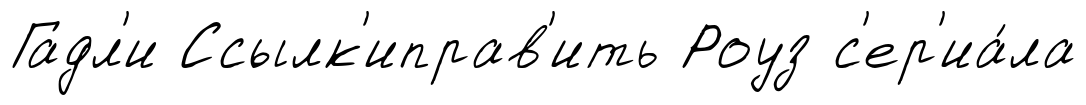
Гадл'и Ссылк'иправ'ить Роуз с'ер'иа́ла